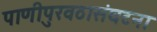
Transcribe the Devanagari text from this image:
पाणीपुरवठासंघटना